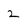
Character: 2